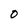
Character: 0